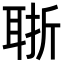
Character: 𦕶